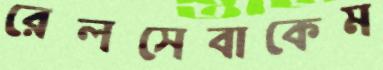
রেলসেবাকেম